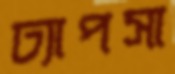
ঢ্যাপসা